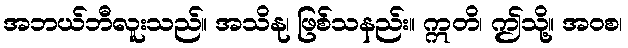
အဘယ်ဘီလူးသည်။ အသိနု၊ ဖြစ်သနည်း။ ဣတိ၊ ဤသို့။ အဝစ၊